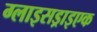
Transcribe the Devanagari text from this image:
ग्लाइसड्राइएक